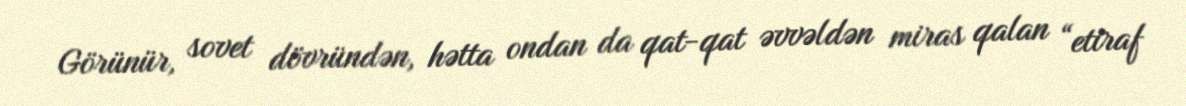
Görünür, sovet dövründən, hətta ondan da qat-qat əvvəldən miras qalan “etiraf